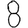
Digit: 8